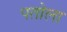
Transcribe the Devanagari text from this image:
पतोला